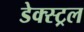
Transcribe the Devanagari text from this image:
डेक्स्ट्रल